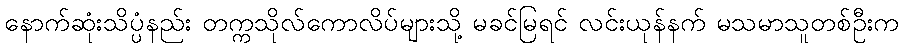
နောက်ဆုံးသိပ္ပံနည်း တက္ကသိုလ်ကောလိပ်များသို့ မခင်မြရင် လင်းယုန်နက် မသမာသူတစ်ဦးက